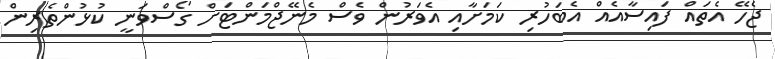
ޖެހޭ އެތައް ފައިސާއެއް އެބަހުރި ކަމަށާއި އެވަރުން ވެސް މެނޭޖްމަންޓަށް ގޯސްވަނީ ކުޅުންތެރިން